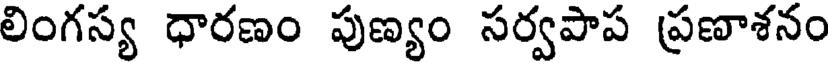
లింగస్య ధారణం పుణ్యం సర్వపాప ప్రణాశనం